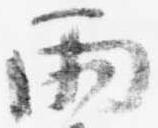
雨